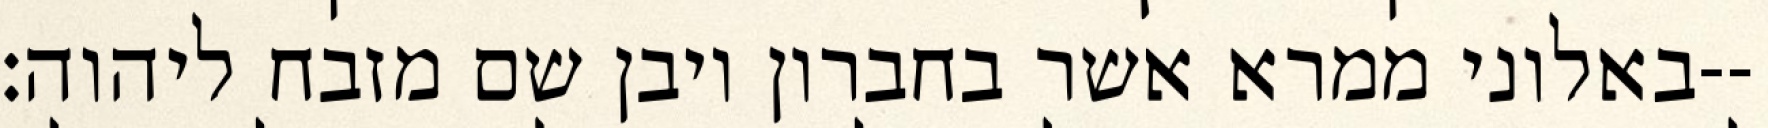
באלוני ממרא אשר בחברון ויבן שם מזבח ליהוה׃--